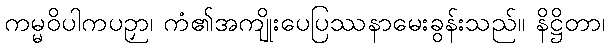
ကမ္မဝိပါကပဉှာ၊ ကံ၏အကျိုးပေပြဿနာမေးခွန်းသည်။ နိဋ္ဌိတာ၊